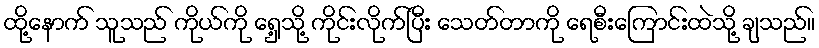
ထို့နောက် သူသည် ကိုယ်ကို ရှေ့သို့ ကိုင်းလိုက်ပြီး သေတ်တာကို ရေစီးကြောင်းထဲသို့ ချသည်။